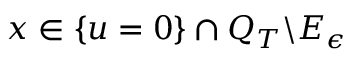
x \in \{ u = 0 \} \cap Q _ { T } \backslash E _ { \epsilon }